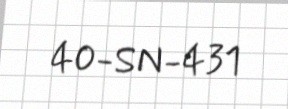
40-SN-431